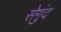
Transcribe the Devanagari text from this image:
सेगुंद